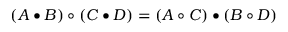
( A \bullet B ) \circ ( C \bullet D ) = ( A \circ C ) \bullet ( B \circ D )